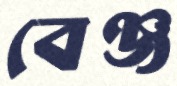
বেঞ্জ